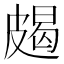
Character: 𱲅